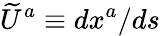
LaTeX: {\widetilde{U}}^{a}\equiv dx^{a}/ds